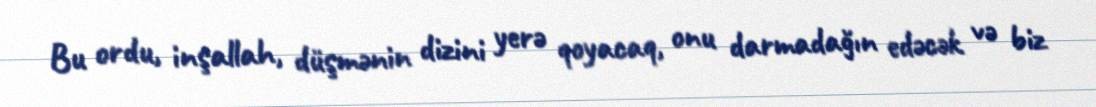
Bu ordu, inşallah, düşmənin dizini yerə qoyacaq, onu darmadağın edəcək və biz